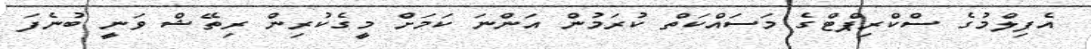
އެފިލްމުގެ ސްކްރިޕްޓްގެ މަސައްކަތް ކުރަމުން އަންނަ ކަމަށް މީގެކުރިން ރިތޭޝް ވަނީ ބުނެފަ